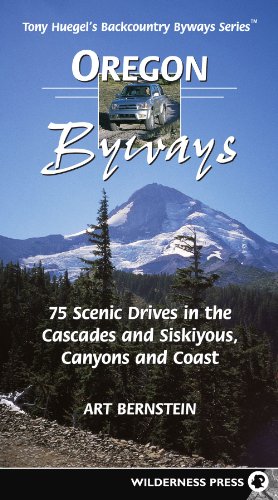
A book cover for Oregon Byways: 75 Scenic Drives in the Cascades and Siskuiyous, Canyons and Coast (Backcountry Byways); Art Bernstein; Sports & Outdoors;